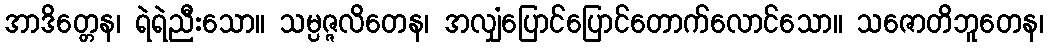
အာဒိတ္တေန၊ ရဲရဲညီးသော။ သမ္ပဇ္ဇလိတေန၊ အလျှံပြောင်ပြောင်တောက်လောင်သော။ သဇောတိဘူတေန၊